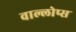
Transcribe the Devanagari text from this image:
वाल्लोप्स